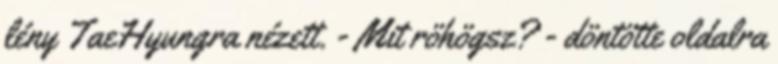
lény TaeHyungra nézett. - Mit röhögsz? - döntötte oldalra